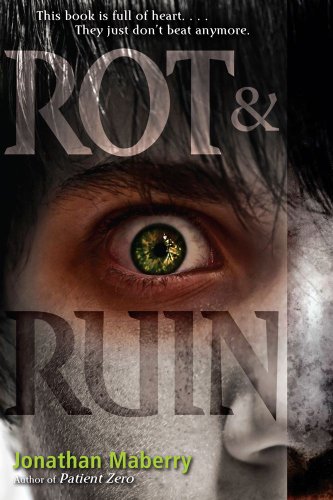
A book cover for Rot & Ruin; Jonathan Maberry; Teen & Young Adult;